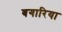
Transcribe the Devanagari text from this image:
बगारिया